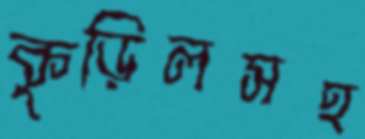
কুড়িলসহ